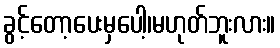
ခွင့်တော့ပေးမှပေါ့၊မဟုတ်ဘူးလား။